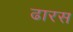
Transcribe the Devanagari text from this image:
ढारस